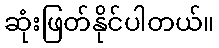
ဆုံးဖြတ်နိုင်ပါတယ်။